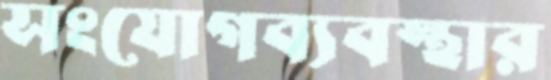
সংযোগব্যবস্থার